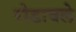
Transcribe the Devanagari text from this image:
रोडावले